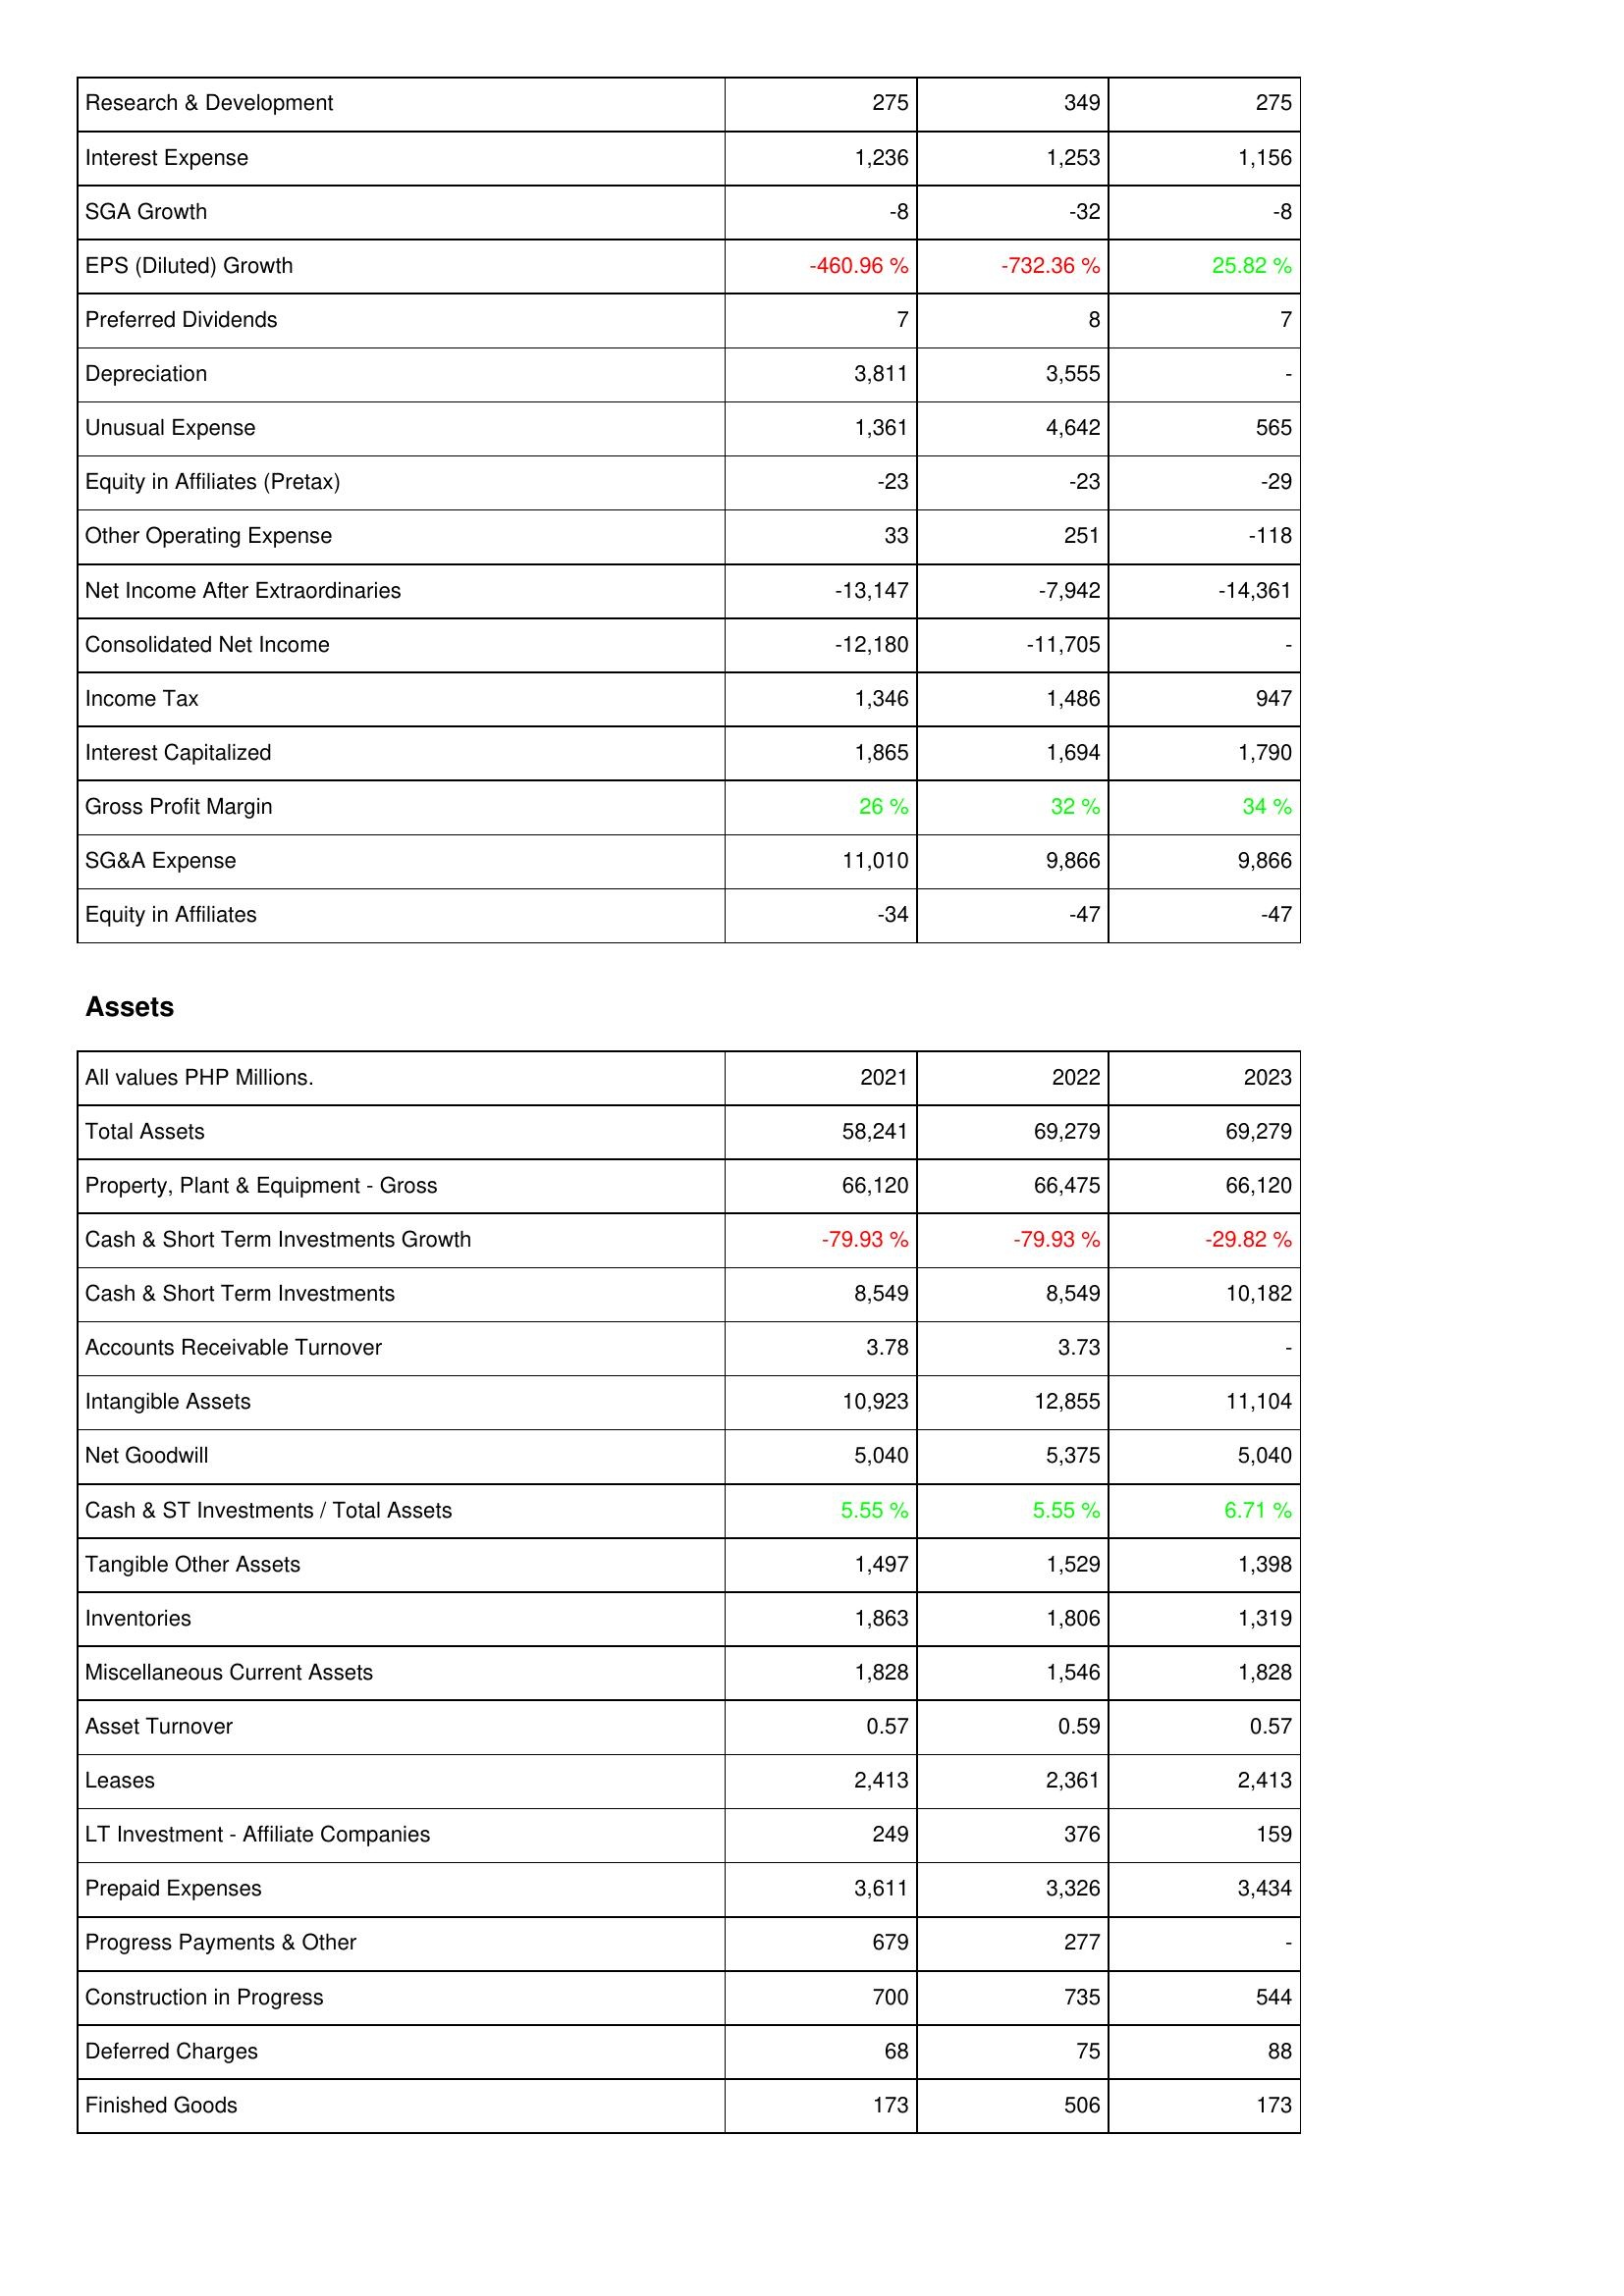
2021: Income Statement: Research & Development: 275
Interest Expense: 1,236
SGA Growth: -8
EPS (Diluted) Growth: -460.96 %
Preferred Dividends: 7
Depreciation: 3,811
Unusual Expense: 1,361
Equity in Affiliates (Pretax): -23
Other Operating Expense: 33
Net Income After Extraordinaries: -13,147
Consolidated Net Income: -12,180
Income Tax: 1,346
Interest Capitalized: 1,865
Gross Profit Margin: 26 %
SG&A Expense: 11,010
Equity in Affiliates: -34
Assets: Total Assets: 58,241
Property, Plant & Equipment - Gross: 66,120
Cash & Short Term Investments Growth: -79.93 %
Cash & Short Term Investments: 8,549
Accounts Receivable Turnover: 3.78
Intangible Assets: 10,923
Net Goodwill: 5,040
Cash & ST Investments / Total Assets: 5.55 %
Tangible Other Assets: 1,497
Inventories: 1,863
Miscellaneous Current Assets: 1,828
Asset Turnover: 0.57
Leases: 2,413
LT Investment - Affiliate Companies: 249
Prepaid Expenses: 3,611
Progress Payments & Other: 679
Construction in Progress: 700
Deferred Charges: 68
Finished Goods: 173
2022: Income Statement: Research & Development: 349
Interest Expense: 1,253
SGA Growth: -32
EPS (Diluted) Growth: -732.36 %
Preferred Dividends: 8
Depreciation: 3,555
Unusual Expense: 4,642
Equity in Affiliates (Pretax): -23
Other Operating Expense: 251
Net Income After Extraordinaries: -7,942
Consolidated Net Income: -11,705
Income Tax: 1,486
Interest Capitalized: 1,694
Gross Profit Margin: 32 %
SG&A Expense: 9,866
Equity in Affiliates: -47
Assets: Total Assets: 69,279
Property, Plant & Equipment - Gross: 66,475
Cash & Short Term Investments Growth: -79.93 %
Cash & Short Term Investments: 8,549
Accounts Receivable Turnover: 3.73
Intangible Assets: 12,855
Net Goodwill: 5,375
Cash & ST Investments / Total Assets: 5.55 %
Tangible Other Assets: 1,529
Inventories: 1,806
Miscellaneous Current Assets: 1,546
Asset Turnover: 0.59
Leases: 2,361
LT Investment - Affiliate Companies: 376
Prepaid Expenses: 3,326
Progress Payments & Other: 277
Construction in Progress: 735
Deferred Charges: 75
Finished Goods: 506
2023: Income Statement: Research & Development: 275
Interest Expense: 1,156
SGA Growth: -8
EPS (Diluted) Growth: 25.82 %
Preferred Dividends: 7
Depreciation: -
Unusual Expense: 565
Equity in Affiliates (Pretax): -29
Other Operating Expense: -118
Net Income After Extraordinaries: -14,361
Consolidated Net Income: -
Income Tax: 947
Interest Capitalized: 1,790
Gross Profit Margin: 34 %
SG&A Expense: 9,866
Equity in Affiliates: -47
Assets: Total Assets: 69,279
Property, Plant & Equipment - Gross: 66,120
Cash & Short Term Investments Growth: -29.82 %
Cash & Short Term Investments: 10,182
Accounts Receivable Turnover: -
Intangible Assets: 11,104
Net Goodwill: 5,040
Cash & ST Investments / Total Assets: 6.71 %
Tangible Other Assets: 1,398
Inventories: 1,319
Miscellaneous Current Assets: 1,828
Asset Turnover: 0.57
Leases: 2,413
LT Investment - Affiliate Companies: 159
Prepaid Expenses: 3,434
Progress Payments & Other: -
Construction in Progress: 544
Deferred Charges: 88
Finished Goods: 173